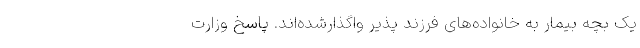
یک بچه بیمار به خانواده‌های فرزند پذیر واگذارشده‌اند. پاسخ وزارت